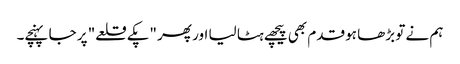
ہم نے تو بڑھا ہو قدم بھی پیچھے ہٹا لیا اور پھر "پکے قلعے" پر جا پہنچے۔